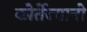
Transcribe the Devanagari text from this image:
कोर्तेज्यानो